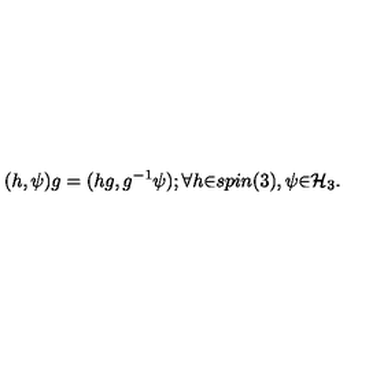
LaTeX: ( h , \psi ) g = ( h g , g ^ { - 1 } \psi ) ; { \forall } h { \in } s p i n ( 3 ) , \psi { \in } { \cal H } _ { 3 } .